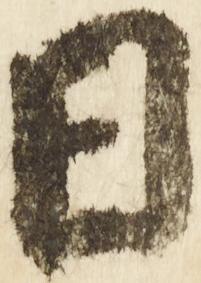
日